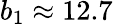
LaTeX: b_{1}\approx 12.7